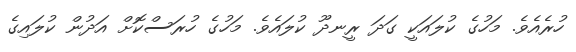
ހުރެއެވެ. މަހުގެ ކުލައަކީ ގަދަ ރީނދޫ ކުލައެވެ. މަހުގެ ހުރަސްކޮށް އަދުން ކުލައިގެ